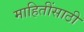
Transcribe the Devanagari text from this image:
माहितींसाठी